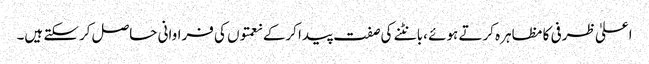
اعلیٰ ظرفی کا مظاہرہ کرتے ہوئے ،بانٹنے کی صفت پیدا کرکے نعمتوں کی فراوانی حاصل کرسکتے ہیں۔